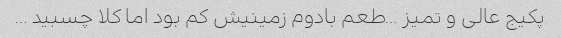
پکیج عالی و تمیز …طعم بادوم زمینیش کم بود اما کلا چسبید …